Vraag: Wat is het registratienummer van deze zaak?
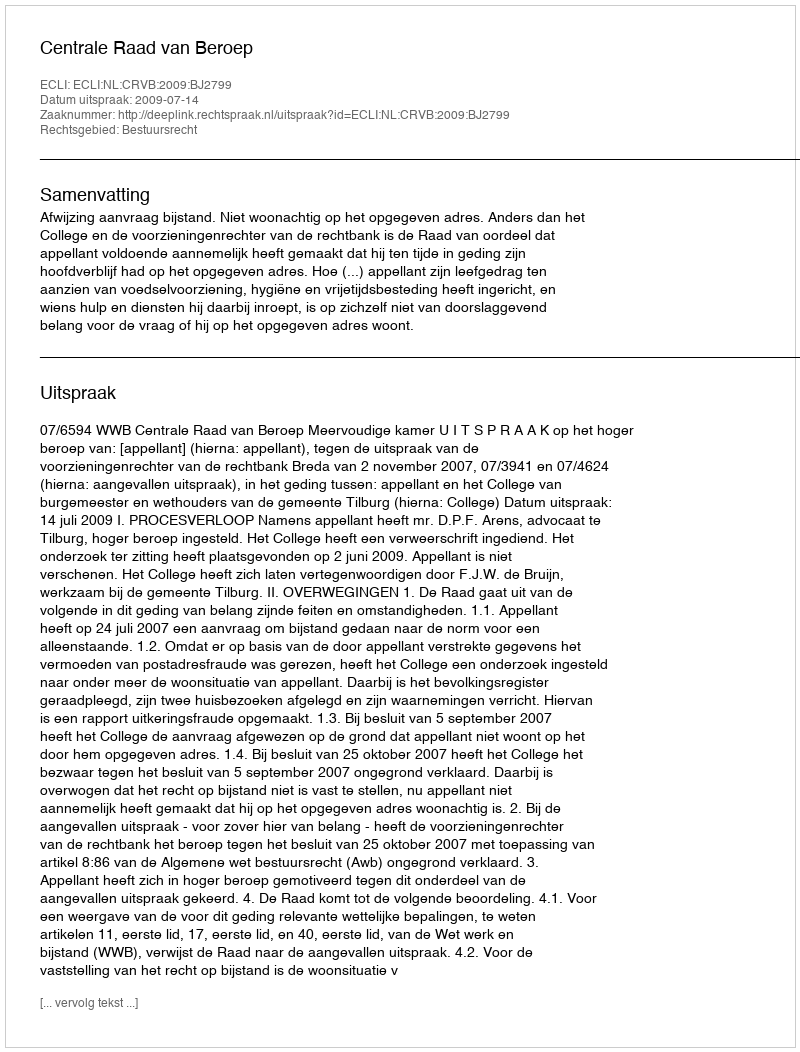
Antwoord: http://deeplink.rechtspraak.nl/uitspraak?id=ECLI:NL:CRVB:2009:BJ2799